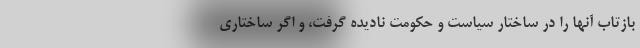
بازتاب آنها را در ساختار سیاست و حکومت نادیده گرفت، و اگر ساختاری